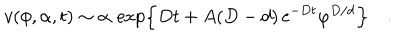
LaTeX: v ( \phi , \alpha , t ) \sim \alpha \, \exp \left\{ D t + A ( D - d ) \, \mathrm { e } ^ { - D t } \varphi ^ { D / d } \right\} \quad .